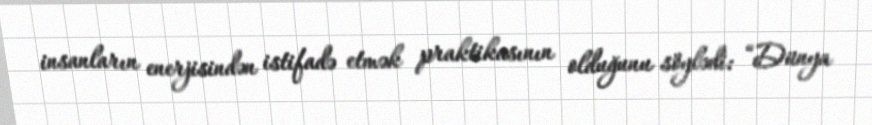
insanların enerjisindən istifadə etmək praktikasının olduğunu söylədi: “Dünya